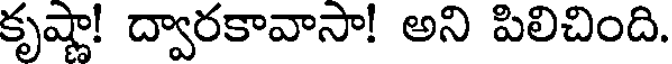
కృష్ణా! ద్వారకావాసా! అని పిలిచింది.